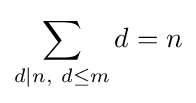
\sum _{d\mid n,\ d\leq m}d=n